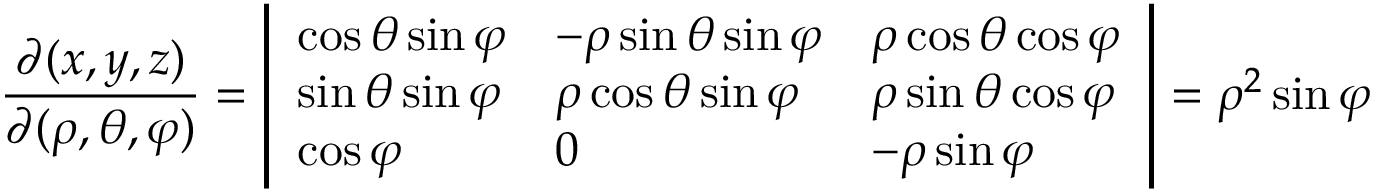
{ \frac { \partial ( x , y , z ) } { \partial ( \rho , \theta , \varphi ) } } = { \left| \begin{array} { l l l } { \cos \theta \sin \varphi } & { - \rho \sin \theta \sin \varphi } & { \rho \cos \theta \cos \varphi } \\ { \sin \theta \sin \varphi } & { \rho \cos \theta \sin \varphi } & { \rho \sin \theta \cos \varphi } \\ { \cos \varphi } & { 0 } & { - \rho \sin \varphi } \end{array} \right| } = \rho ^ { 2 } \sin \varphi